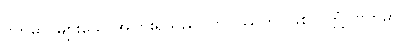
ဗဟုဓာ၊ များသောအပြားရှိသည်။ ဘဝိဿတိ၊ ဖြစ်လတ္တံ့။ ဗဟုဓာပိ၊